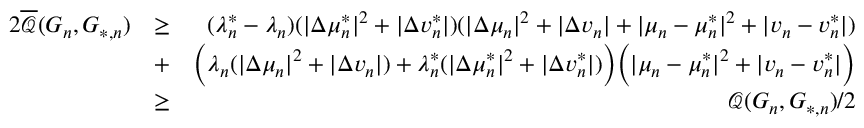
\begin{array} { r l r } { 2 \overline { { \mathcal { Q } } } ( G _ { n } , G _ { * , n } ) } & { \geq } & { ( \lambda _ { n } ^ { * } - \lambda _ { n } ) ( | \Delta \mu _ { n } ^ { * } | ^ { 2 } + | \Delta v _ { n } ^ { * } | ) ( | \Delta \mu _ { n } | ^ { 2 } + | \Delta v _ { n } | + | \mu _ { n } - \mu _ { n } ^ { * } | ^ { 2 } + | v _ { n } - v _ { n } ^ { * } | ) } \\ & { + } & { \biggr ( \lambda _ { n } ( | \Delta \mu _ { n } | ^ { 2 } + | \Delta v _ { n } | ) + \lambda _ { n } ^ { * } ( | \Delta \mu _ { n } ^ { * } | ^ { 2 } + | \Delta v _ { n } ^ { * } | ) \biggr ) \biggr ( | \mu _ { n } - \mu _ { n } ^ { * } | ^ { 2 } + | v _ { n } - v _ { n } ^ { * } | \biggr ) } \\ & { \geq } & { \mathcal { Q } ( G _ { n } , G _ { * , n } ) / 2 } \end{array}